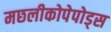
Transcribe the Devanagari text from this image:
मछलीकोपेपोड्स